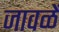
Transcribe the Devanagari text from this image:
जावळें